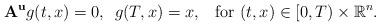
LaTeX: \begin{align*} {\bf A}^{{\bf u}} g(t,x) = 0, \enskip g(T,x) = x, \enskip \mbox{ for }(t,x) \in [0,T) \times \mathbb{R}^n. \\ \end{align*}